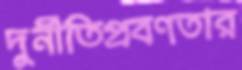
দুর্নীতিপ্রবণতার